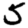
Digit: 5